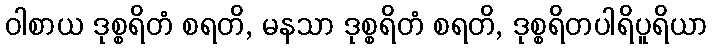
ဝါစာယ ဒုစ္စရိတံ စရတိ, မနသာ ဒုစ္စရိတံ စရတိ, ဒုစ္စရိတပါရိပူရိယာ